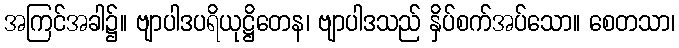
အကြင်အခါ၌။ ဗျာပါဒပရိယုဋ္ဌိတေန၊ ဗျာပါဒသည် နှိပ်စက်အပ်သော။ စေတသာ၊